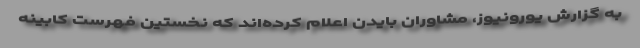
به گزارش یورونیوز، مشاوران بایدن اعلام کرده‌اند که نخستین فهرست کابینه